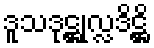
ဒူသဒုဋ္ဌုလ္လဒိဋ္ဌိ